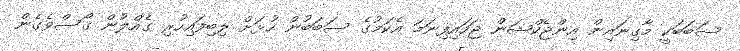
ސަބަބަކީ މާގިނައިން އިންޖެކްޝަން ޖަހައިފިނަމަ އެކަމުގެ ސަބަބުން ހުޅަށް ލިބިފައިހުރި ގެއްލުން ގޯސްވެގެން